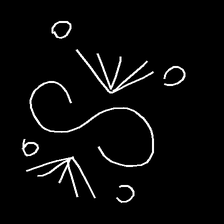
Glyph: aeroform